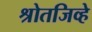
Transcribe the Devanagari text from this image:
श्रोतजिव्हे